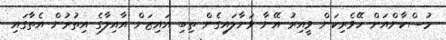
މުސްކާންއަށް ހޭވެރިކަން ވީއިރު އޭނާ ވަށާލައިގެން ތިބި އައިޒަން އާއިލާގެ އިތުރުން އެތާގައި